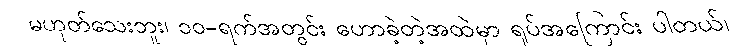
မဟုတ်သေးဘူး၊ ၁၀-ရက်အတွင်း ဟောခဲ့တဲ့အထဲမှာ ရုပ်အကြောင်း ပါတယ်၊